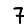
Digit: 7